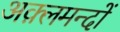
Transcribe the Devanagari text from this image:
अक़्लमन्दों